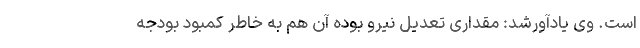
است. وی یادآورشد: مقداری تعدیل نیرو بوده آن هم به خاطر کمبود بودجه